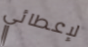
لإعطائي